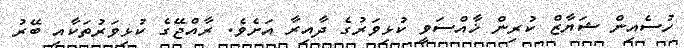
ހުސެއިން ޝަޔާޒް ކުރިން ޚާއްސަވީ ކުޅިވަރުގެ ދާއިރާ އަށެވެ. ރާއްޖޭގެ ކުޅިވަރުތަކާއި ބޭރު